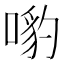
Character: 𠹕